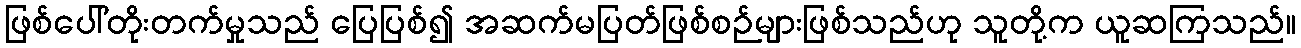
ဖြစ်ပေါ်တိုးတက်မှုသည် ပြေပြစ်၍ အဆက်မပြတ်ဖြစ်စဉ်များဖြစ်သည်ဟု သူတို့က ယူဆကြသည်။